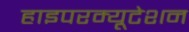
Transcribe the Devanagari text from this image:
हाइपरम्यूटेशन